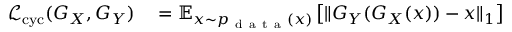
\begin{array} { r l } { \mathcal { L } _ { \mathrm { c y c } } ( G _ { X } , G _ { Y } ) } & { { } = \mathbb { E } _ { x \sim p _ { \mathrm { ~ d ~ a ~ t ~ a ~ } } ( x ) } \left[ \| G _ { Y } ( G _ { X } ( x ) ) - x \| _ { 1 } \right] } \end{array}